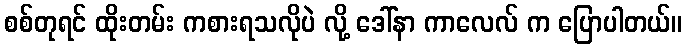
စစ်တုရင် ထိုးတမ်း ကစားရသလိုပဲ လို့ ဒေါ်နာ ကာလေလ် က ပြောပါတယ်။